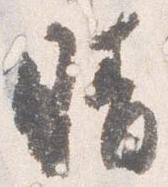
晴